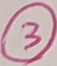
Text: 3